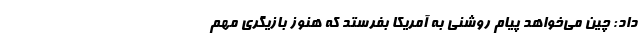
داد: چین می‌خواهد پیام روشنی به آمریکا بفرستد که هنوز بازیگری مهم